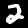
Digit: 2